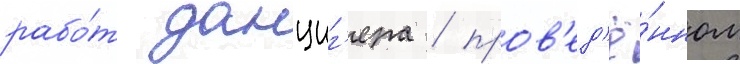
рабо́т данциг'ера / пров'ед'ё́нном